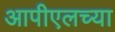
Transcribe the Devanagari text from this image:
आपीएलच्या